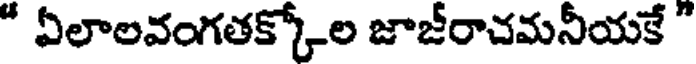
" ఏలాలవంగతక్కోల జాజీరాచమనీయకే "